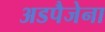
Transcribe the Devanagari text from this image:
अडपैजेना